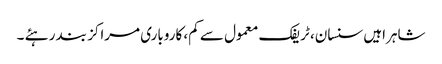
شاہراہیں سنسان، ٹریفک معمول سے کم، کاروباری مراکز بند رہئے ۔